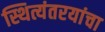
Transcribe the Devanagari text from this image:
स्थित्यंतरयांचा